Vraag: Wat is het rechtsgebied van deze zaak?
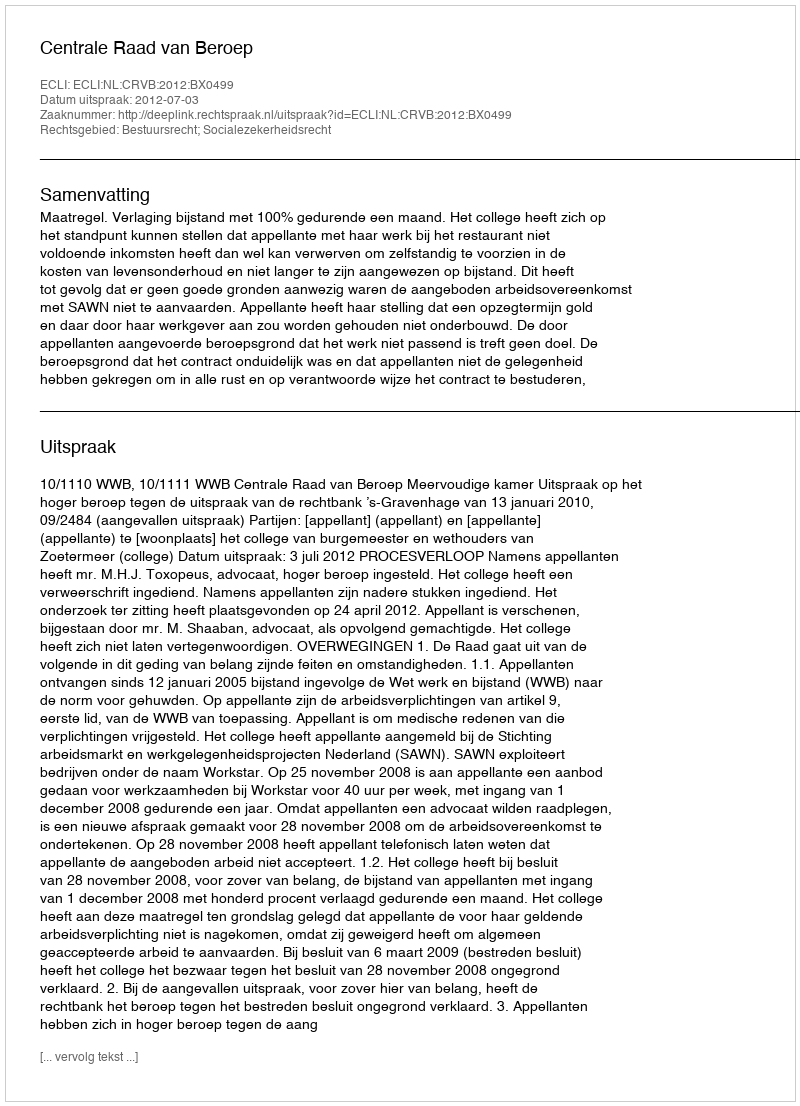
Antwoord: Bestuursrecht; Socialezekerheidsrecht